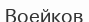
Воейков